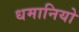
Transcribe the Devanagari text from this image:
धमानियो